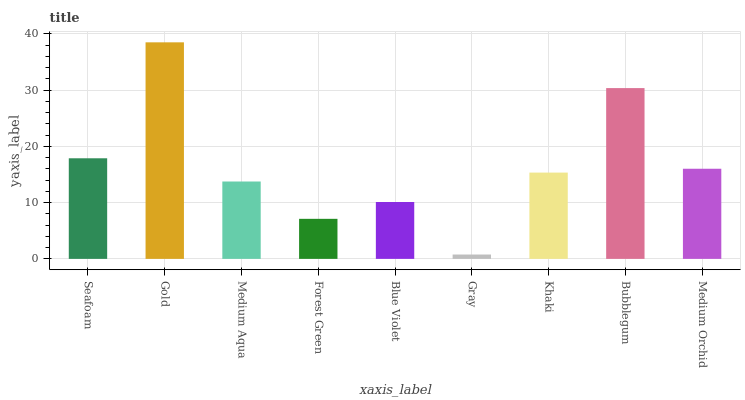
| xaxis_label | bars |
 | --- | --- |
 | Seafoam | 17.9 |
 | Gold | 38.5 |
 | Medium Aqua | 13.8 |
 | Forest Green | 7.12 |
 | Blue Violet | 10.1 |
 | Gray | 0.776 |
 | Khaki | 15.3 |
 | Bubblegum | 30.4 |
 | Medium Orchid | 16 |